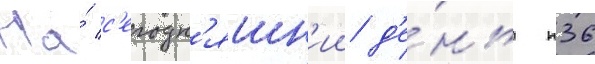
На́ с'егодн'яшн'ии д'е́нь п36